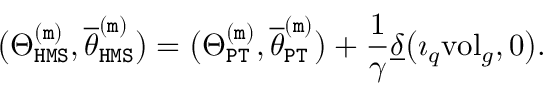
\big ( \Theta _ { \mathtt { H M S } } ^ { \mathtt { ( m ) } } , \overline { { \theta } } _ { \mathtt { H M S } } ^ { \mathtt { ( m ) } } \big ) = \big ( \Theta _ { \mathtt { P T } } ^ { \mathtt { ( m ) } } , \overline { { \theta } } _ { \mathtt { P T } } ^ { \mathtt { ( m ) } } \big ) + \frac { 1 } { \gamma } \underline { { \delta } } \big ( \imath _ { q } \mathrm { v o l } _ { g } , 0 \big ) .